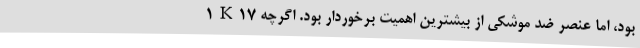
بود، اما عنصر ضد موشکی از بیشترین اهمیت برخوردار بود. اگرچه 1K17